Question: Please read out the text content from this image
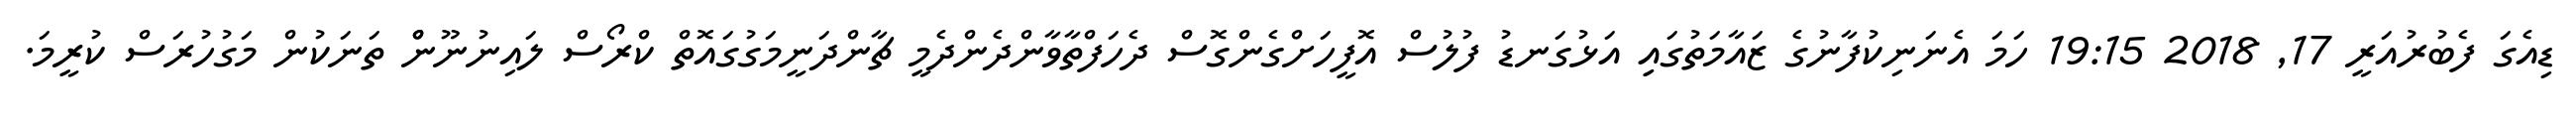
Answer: ޑިއެގަ ފެބުރުއަރީ 17, 2018 19:15 ހަމަ އެނަނިކުފާނުގެ ޒައާމަތުގައިި އަޅުގަނޑު ފުލުސް އޮފީހަށްގެންގޮސް ދެހަފްތާވާންދެންދެމީ ޗާންދަނީމަގުގައޮތް ކްރޯސް ލައިނުނޫންް ތަނަކުން މަގުހުރަސް ކުރީމަ.